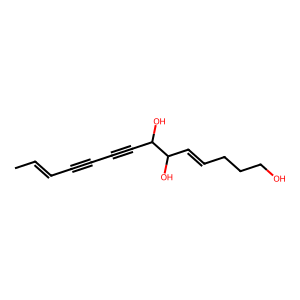
SMILES: CC=CC#CC#CC(O)C(O)C=CCCCO
Inhibits HIV replication: No